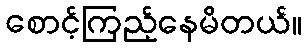
စောင့်ကြည့်နေမိတယ်။